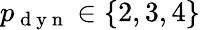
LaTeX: p_{\mathrm{~d~y~n~}}\in\left\{ 2,3,4\right\}